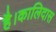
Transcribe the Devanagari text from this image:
है।कालिदास